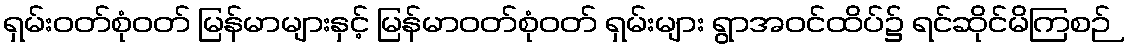
ရှမ်းဝတ်စုံဝတ် မြန်မာများနှင့် မြန်မာဝတ်စုံဝတ် ရှမ်းများ ရွာအဝင်ထိပ်၌ ရင်ဆိုင်မိကြစဉ်